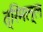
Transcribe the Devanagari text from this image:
त्रिमल्ल